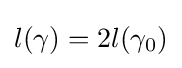
l(\gamma )=2l(\gamma _{0})